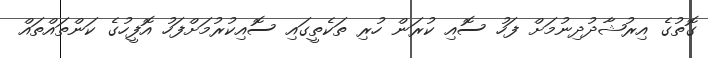
ގޮތުގެ އިރުޝާދުދިނުމަށް ފަހު ސޮއި ކުރަން ހުރި ތަކެތީގައި ސޮއިކުރުމަށްފަހު އޮފީހުގެ ކަންތައްތައް